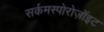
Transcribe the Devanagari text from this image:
सर्कमस्पोरोज़ॉइट